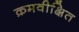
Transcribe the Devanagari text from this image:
क्रमवीक्षित